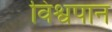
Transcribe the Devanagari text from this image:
विश्वपान